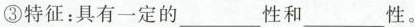
③特征：具有一定的___性和___性。